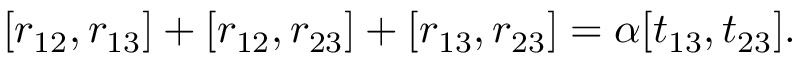
[ r _ { 1 2 } , r _ { 1 3 } ] + [ r _ { 1 2 } , r _ { 2 3 } ] + [ r _ { 1 3 } , r _ { 2 3 } ] = \alpha [ t _ { 1 3 } , t _ { 2 3 } ] .